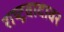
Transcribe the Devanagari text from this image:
राष्ट्रवादावर